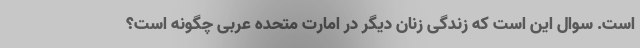
است. سوال این است که زندگی زنان دیگر در امارت متحده عربی چگونه است؟